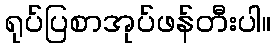
ရုပ်ပြစာအုပ်ဖန်တီးပါ။